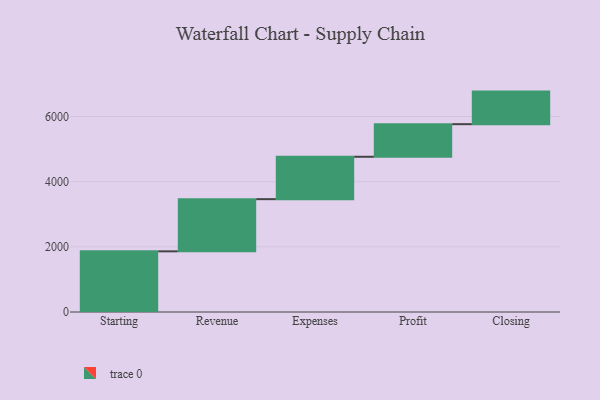
{"axis": {"x": "Step", "y": "Value"}, "legend": [""], "data": [{"x": "Starting", "y": 1862.0, "type": ""}, {"x": "Revenue", "y": 1601.0, "type": ""}, {"x": "Expenses", "y": 1301.0, "type": ""}, {"x": "Profit", "y": 1000, "type": ""}, {"x": "Closing", "y": 1000, "type": ""}]}